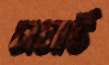
সসার্ট